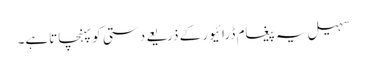
سہیل یہ پیغام ڈرائیور کے ذریعے دستی کو پہنچاتاہے۔